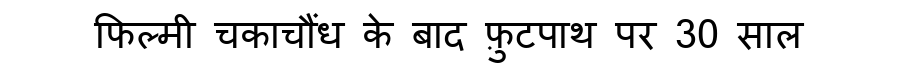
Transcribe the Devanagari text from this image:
फिल्मी चकाचौंध के बाद फ़ुटपाथ पर 30 साल